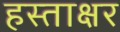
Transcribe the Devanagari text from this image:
हस्‍ताक्षर